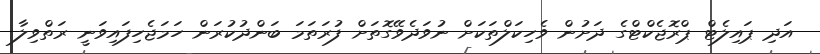
އަދި ޕައިލެޓް ޕްރޮޖެކްޓްގެ ދަށުން ވެހިކަލްތަކަށް ނުވަދެވޭގޮތަށް ފުރަތަމަ ބަންދުކުރަން ހަމަޖެހިފައިވަނީ ރަތްވިލާ